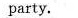
party.